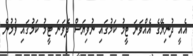
އެއީ ދުނިޔޭގެ އެއްވަނަ ޓީމު ކަމުގައި ނުވިޔަސް ދެވަނަ ޓީމު ކަމުގައި ވުމުން